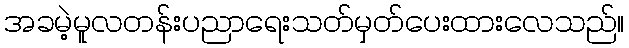
အခမဲ့မူလတန်းပညာရေးသတ်မှတ်ပေးထားလေသည်။